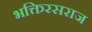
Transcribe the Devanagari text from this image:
भक्तिरसराज